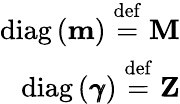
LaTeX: \begin{array}{r}{\mathrm{diag}\left(\textbf{m}\right)\stackrel{\mathrm{def}}{=}\textbf{M}}\\ {\mathrm{diag}\left(\pmb{\gamma}\right)\stackrel{\mathrm{def}}{=}\textbf{Z}}\end{array}